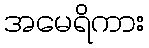
အမေရိကား